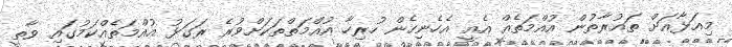
މިއަޅާއަށް ތައުރާތުން އުއްމަތެއް އެއީ އެހެނިހެން ހުރިހާ އުއްމަތްތަކަށްވުރެ ރަގަޅު އުއްމަތެއްކަމުގައި ވާތީ